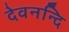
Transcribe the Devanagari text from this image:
देवनन्दि